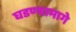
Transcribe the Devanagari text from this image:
घडण्यामागे